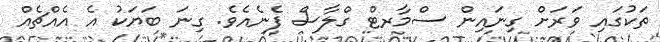
ތަކުގައި ވަރަށް ގިނައިން ސްމާރޓް ގްލާސް ފެނެއެވެ. ގިނަ ބަޔަކު އެ އެއްޗެއް